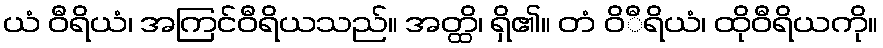
ယံ ဝီရိယံ၊ အကြင်ဝီရိယသည်။ အတ္ထိ၊ ရှိ၏။ တံ ဝိီရိယံ၊ ထိုဝီရိယကို။